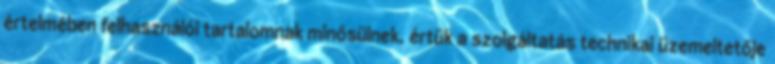
értelmében felhasználói tartalomnak minősülnek, értük a szolgáltatás technikai üzemeltetője